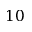
1 0